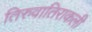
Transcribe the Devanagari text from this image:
तिरुवातिराकली